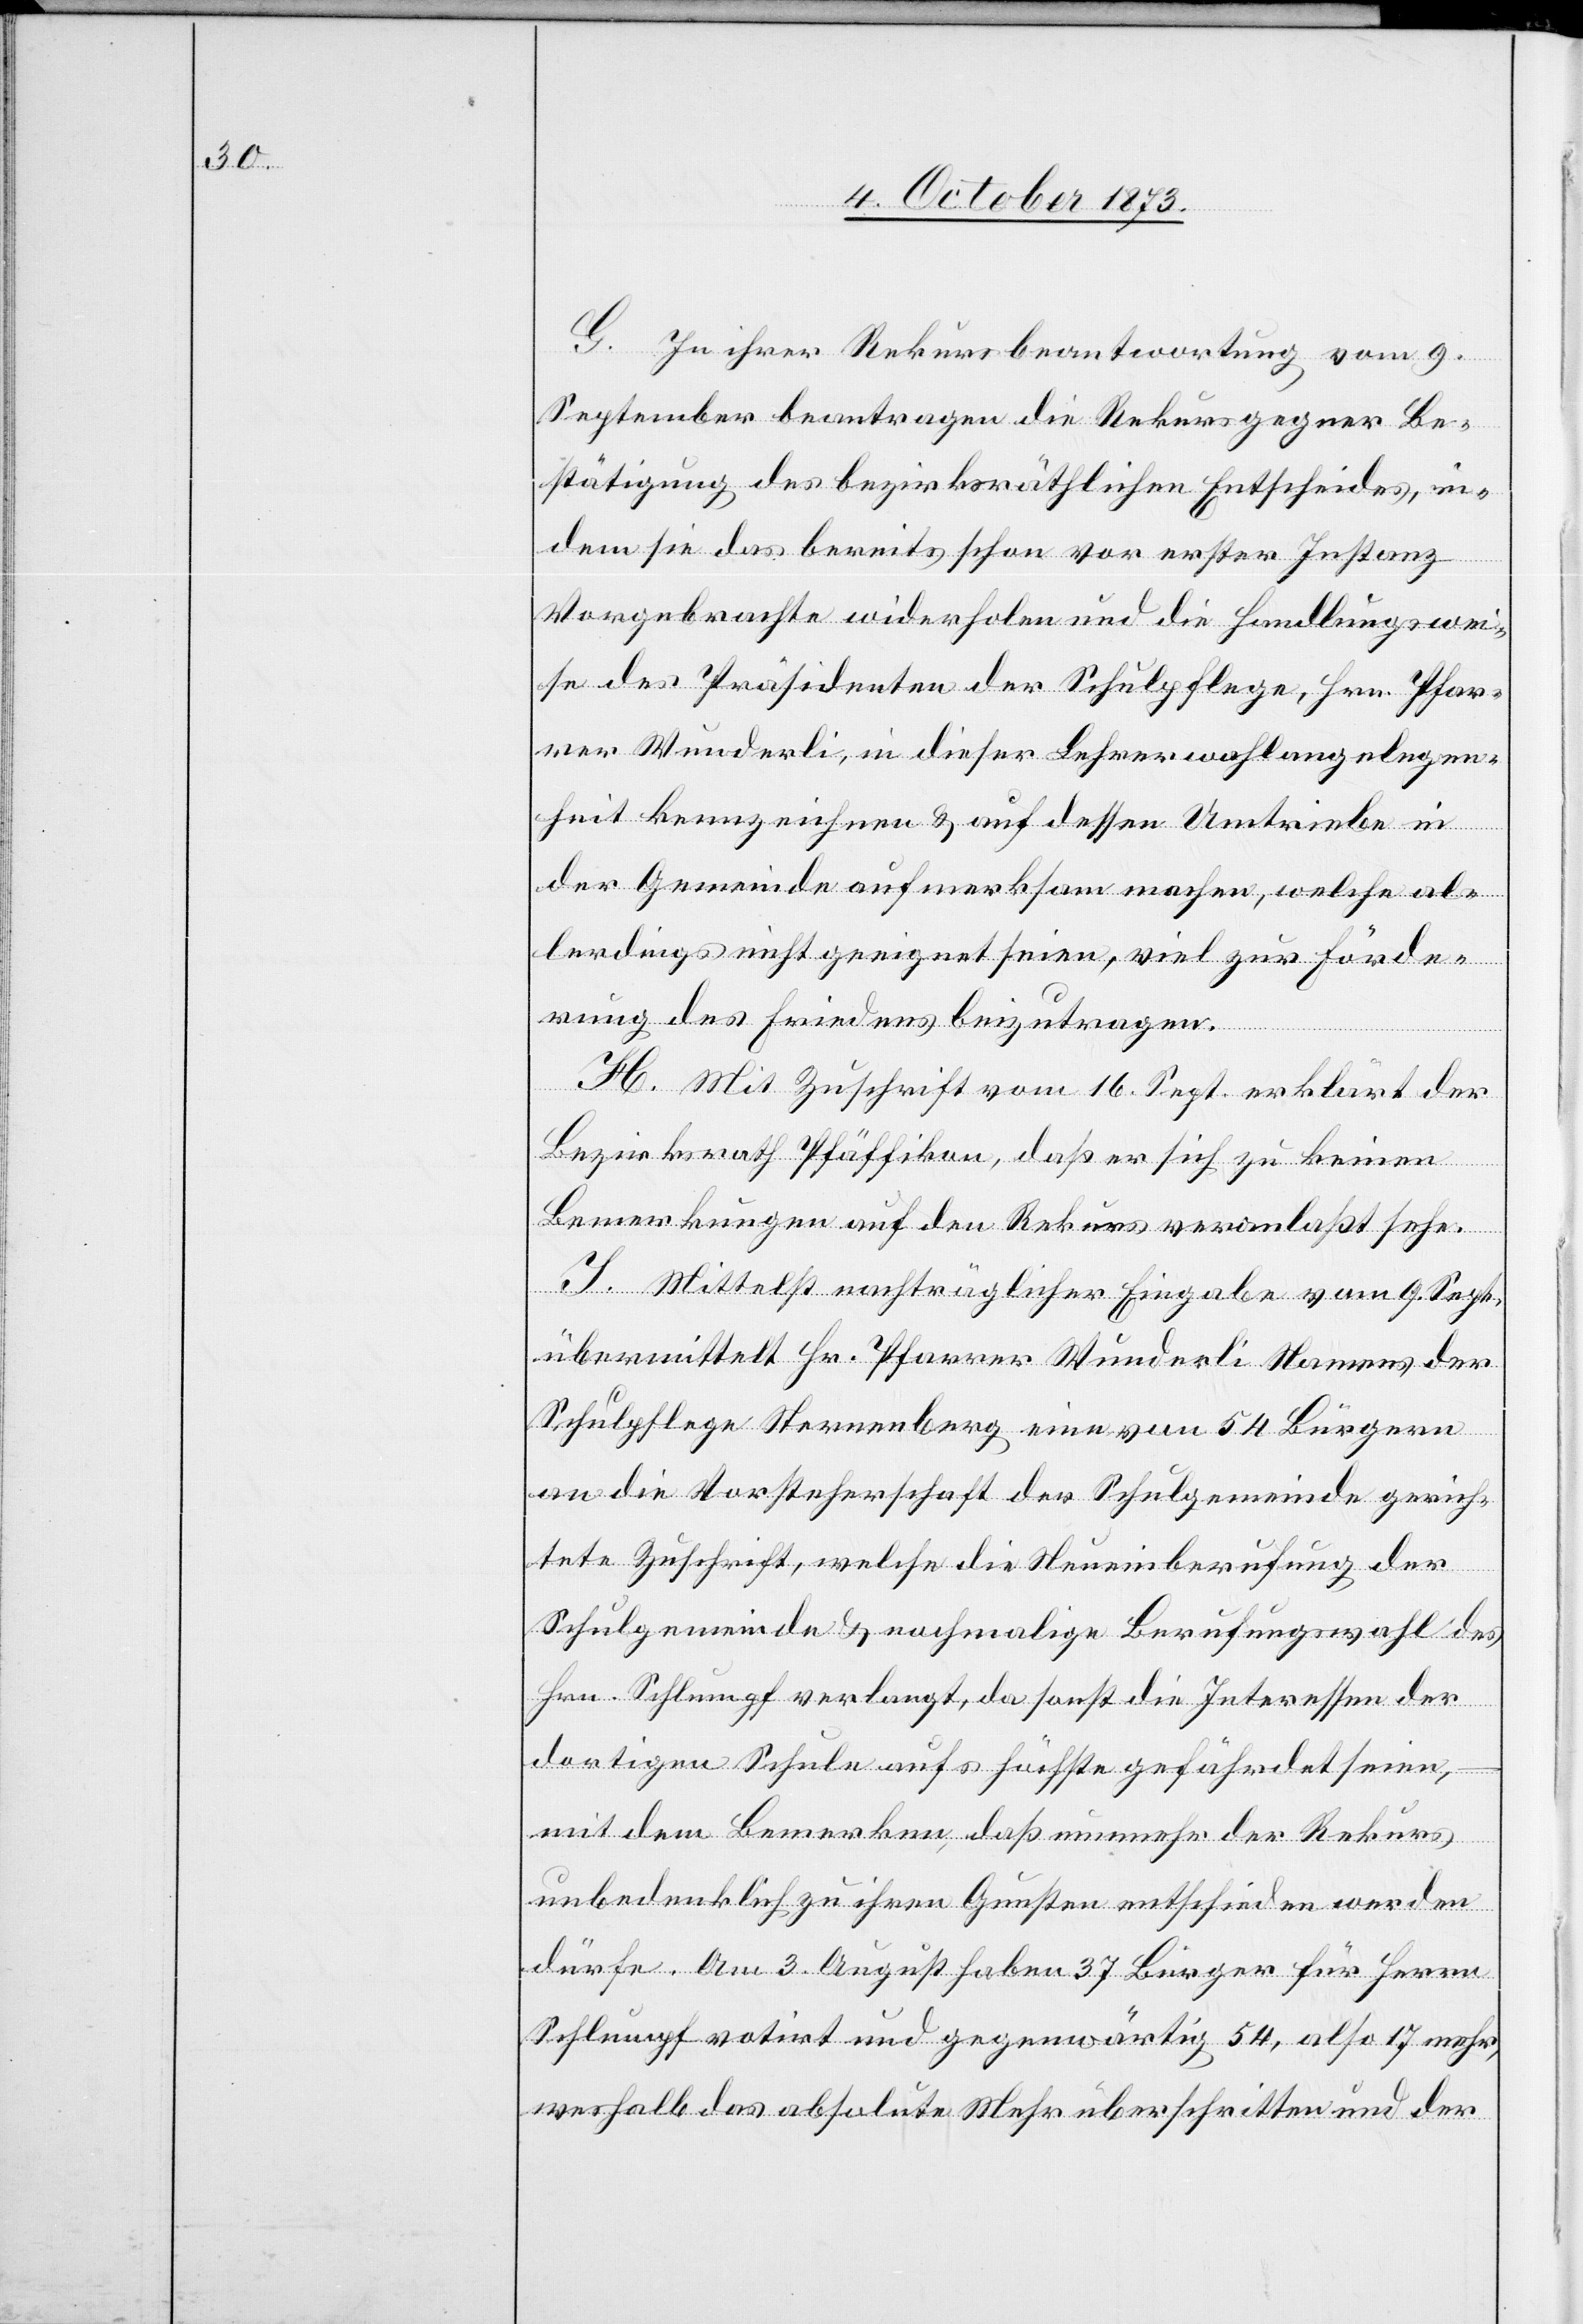
G. In ihrer Rekursbeantwortung vom 9.
September beantragen die Rekursgegner Be¬
stätigung des bezirksräthlichen Entscheides, in¬
dem sie das bereits schon vor erster Instanz
Vorgebrachte widerholen und die Handlungswei¬
se des Präsidenten der Schulpflege, Hrn. Pfar¬
rer Wunderli, in dieser Lehrerwahlangelegen¬
heit kennzeichnen & auf dessen Umtriebe in
der Gemeinde aufmerksam machen, welche al¬
lerdings nicht geeignet seien, viel zur Förde¬
rung des Friedens beizutragen.
H. Mit Zuschrift vom 16. Sept. erklärt der
Bezirksrath Pfäffikon, daß er sich zu keinen
Bemerkungen auf den Rekurs veranlaßt sehe.
I. Mittelst nachträglicher Eingabe vom 9. Sept.
übermittelt Hr. Pfarrer Wunderli Namens der
Schulpflege Sternenberg eine von 54 Bürgern
an die Vorsteherschaft der Schulgemeinde gerich¬
tete Zuschrift, welche die Neueinberufung der
Schulgemeinde & nochmalige Berufungswahl des
Hrn. Schlumpf verlangt, da sonst die Interessen der
dortigen Schule aufs höchste gefährdet seien,
mit dem Bemerken, daß nunmehr der Rekurs
unbedenklich zu ihren Gunsten entschieden werden
dürfe. Am 3. August haben 37 Bürger für Herrn
Schlumpf votirt und gegenwärtig 54, also 17 mehr,
weshalb das absolute Mehr überschritten und der